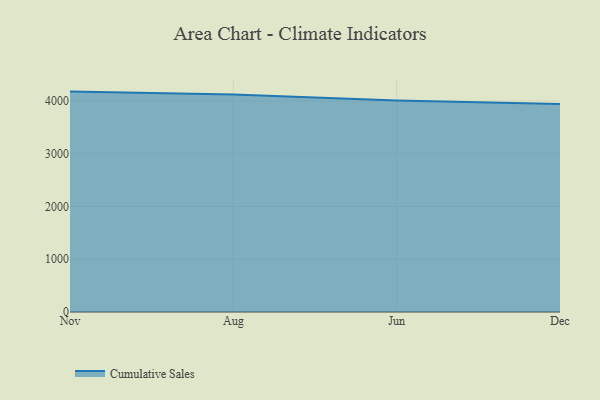
{"axis": {"x": "Month", "y": "Population (Million)"}, "legend": ["Cumulative Sales"], "data": [{"x": "Nov", "y": 4177.6, "type": "Cumulative Sales"}, {"x": "Aug", "y": 4120.3, "type": "Cumulative Sales"}, {"x": "Jun", "y": 4008.9, "type": "Cumulative Sales"}, {"x": "Dec", "y": 3941.0, "type": "Cumulative Sales"}]}